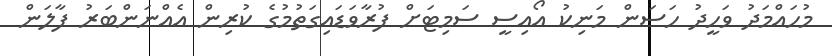
މުހައްމަދު ވަހީދު ހަސަން މަނިކު އޯއިސީ ސަމިޓަށް ފުރާވަޑައިގަތުމުގެ ކުރިން އެއްނަންބަރު ފާލަން